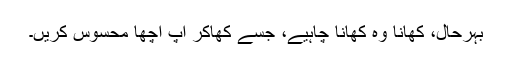
بہرحال، کھانا وہ کھانا چاہیے، جسے کھاکر آپ اچھا محسوس کریں۔